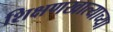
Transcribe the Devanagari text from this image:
शिक्षणखात्याच्या